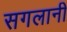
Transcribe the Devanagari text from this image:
सगलानी